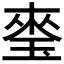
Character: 𤦃